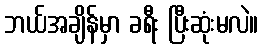
ဘယ်အချိန်မှာ ခရီး ပြီးဆုံးမလဲ။